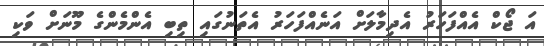
އަ ޖޯކް އެއްފަހަރު އެދިމާލަށް އަނެއްފަހަރު އެތަނުގައި ތިބި އެންމެންގެ މޫނަށް ވަކި